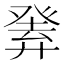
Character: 𤼴